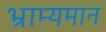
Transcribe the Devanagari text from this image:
भ्राम्यमान